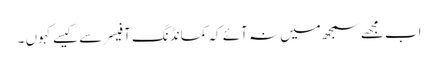
اب مجھے سمجھ میں نہ آئے کہ کمانڈنگ آفیسر سے کیسے کہوں ۔